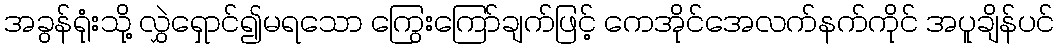
အခွန်ရုံးသို့ လွှဲရှောင်၍မရသော ကြွေးကြော်ချက်ဖြင့် ကေအိုင်အေလက်နက်ကိုင် အပူချိန်ပင်